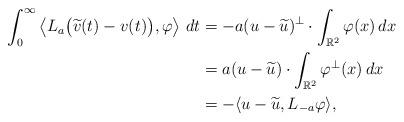
LaTeX: \begin{align*}\int_0^\infty\left\langle L_a\big(\widetilde v(t)-v(t)\big), \varphi\right\rangle\,dt&=-a(u-\widetilde u)^\perp\cdot\int_{\mathbb R^2}\varphi(x)\,dx \\&=a(u-\widetilde u)\cdot\int_{\mathbb R^2}\varphi^\perp(x)\,dx \\&=-\langle u-\widetilde u, L_{-a}\varphi\rangle,\end{align*}